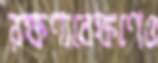
রক্ষণাবেক্ষণেও